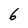
Character: 6